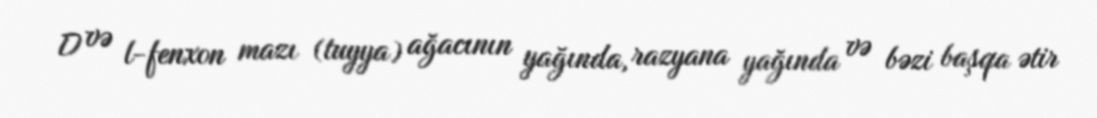
D və l-fenxon mazı (tuyya) ağacının yağında, razyana yağında və bəzi başqa ətir